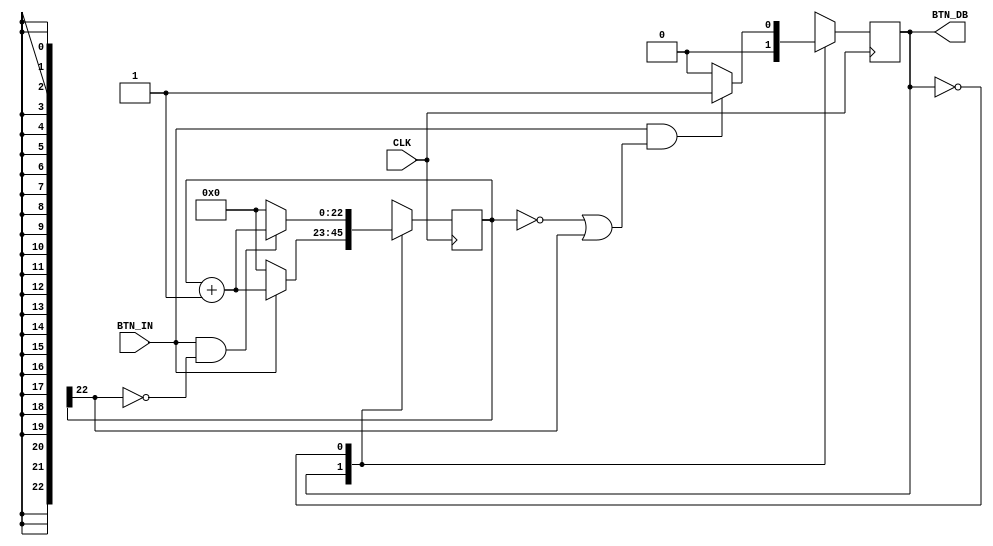
`timescale 1ns / 1ps
//////////////////////////////////////////////////////////////////////////////////
// Company: 
// Engineer: 
// 
// Design Name: 
// Module Name: switch_debouncer_fast
// Project Name: 
// Target Devices: 
// Tool Versions: 
// Description: 
// 
// Dependencies: 
// 
// Revision:
// Revision 0.01 - File Created
// Additional Comments:
// 
//////////////////////////////////////////////////////////////////////////////////


module switch_debouncer_fast(
    input CLK,
    input BTN_IN,    // input button status
    output BTN_DB    // debounced button status
    );
    
    parameter on = 1;
    parameter idle = 0;
    reg currentState = idle;
    reg [22:0] COUNT = 0;
    
    always @ (posedge CLK) begin
        case (currentState)
            on:
                begin
                    COUNT <= (BTN_IN) ? (COUNT+1) : 0;
                    currentState <= idle;
                end
                
            idle:
                begin
                    COUNT <= (BTN_IN && ~COUNT[22]) ? (COUNT+1) : 0;
                    currentState <= ((BTN_IN) && (COUNT==0 || COUNT[22])) ? on : idle;
                end
        endcase
    end
    
    assign BTN_DB = currentState;
endmodule